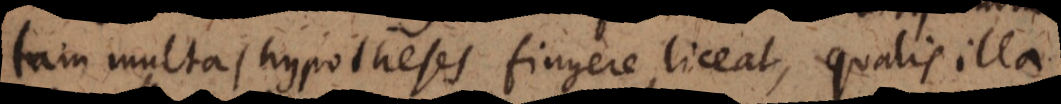
tam multas hypotheses fingere liceat, qualis illa